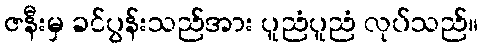
ဇနီးမှ ခင်ပွန်းသည်အား ပူညံပူညံ လုပ်သည်။